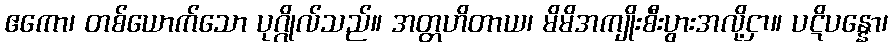
ဧကော၊ တစ်ယောက်သော ပုဂ္ဂိုလ်သည်။ အတ္တဟိတာယ၊ မိမိအကျိုးစီးပွားအလို့ငှာ။ ပဋိပန္နော၊